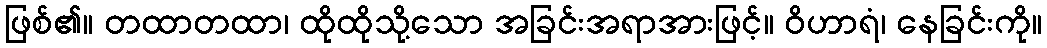
ဖြစ်၏။ တထာတထာ၊ ထိုထိုသို့သော အခြင်းအရာအားဖြင့်။ ဝိဟာရံ၊ နေခြင်းကို။